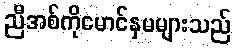
ညီအစ်ကိုမောင်နှမများသည်